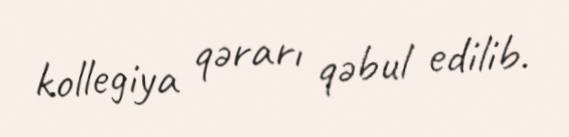
kollegiya qərarı qəbul edilib.